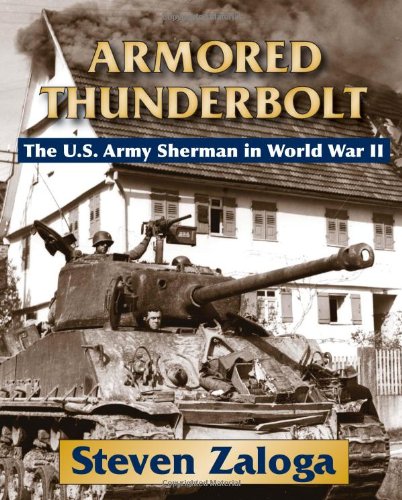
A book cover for Armored Thunderbolt: The U.S. Army Sherman in World War II; Steven Zaloga; History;